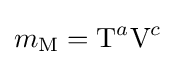
m_{\textrm {M}}={\textrm {T}}^{a}{\textrm {V}}^{c}